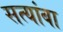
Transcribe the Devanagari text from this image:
सत्यांबा